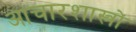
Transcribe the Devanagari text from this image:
आचारशास्त्रों